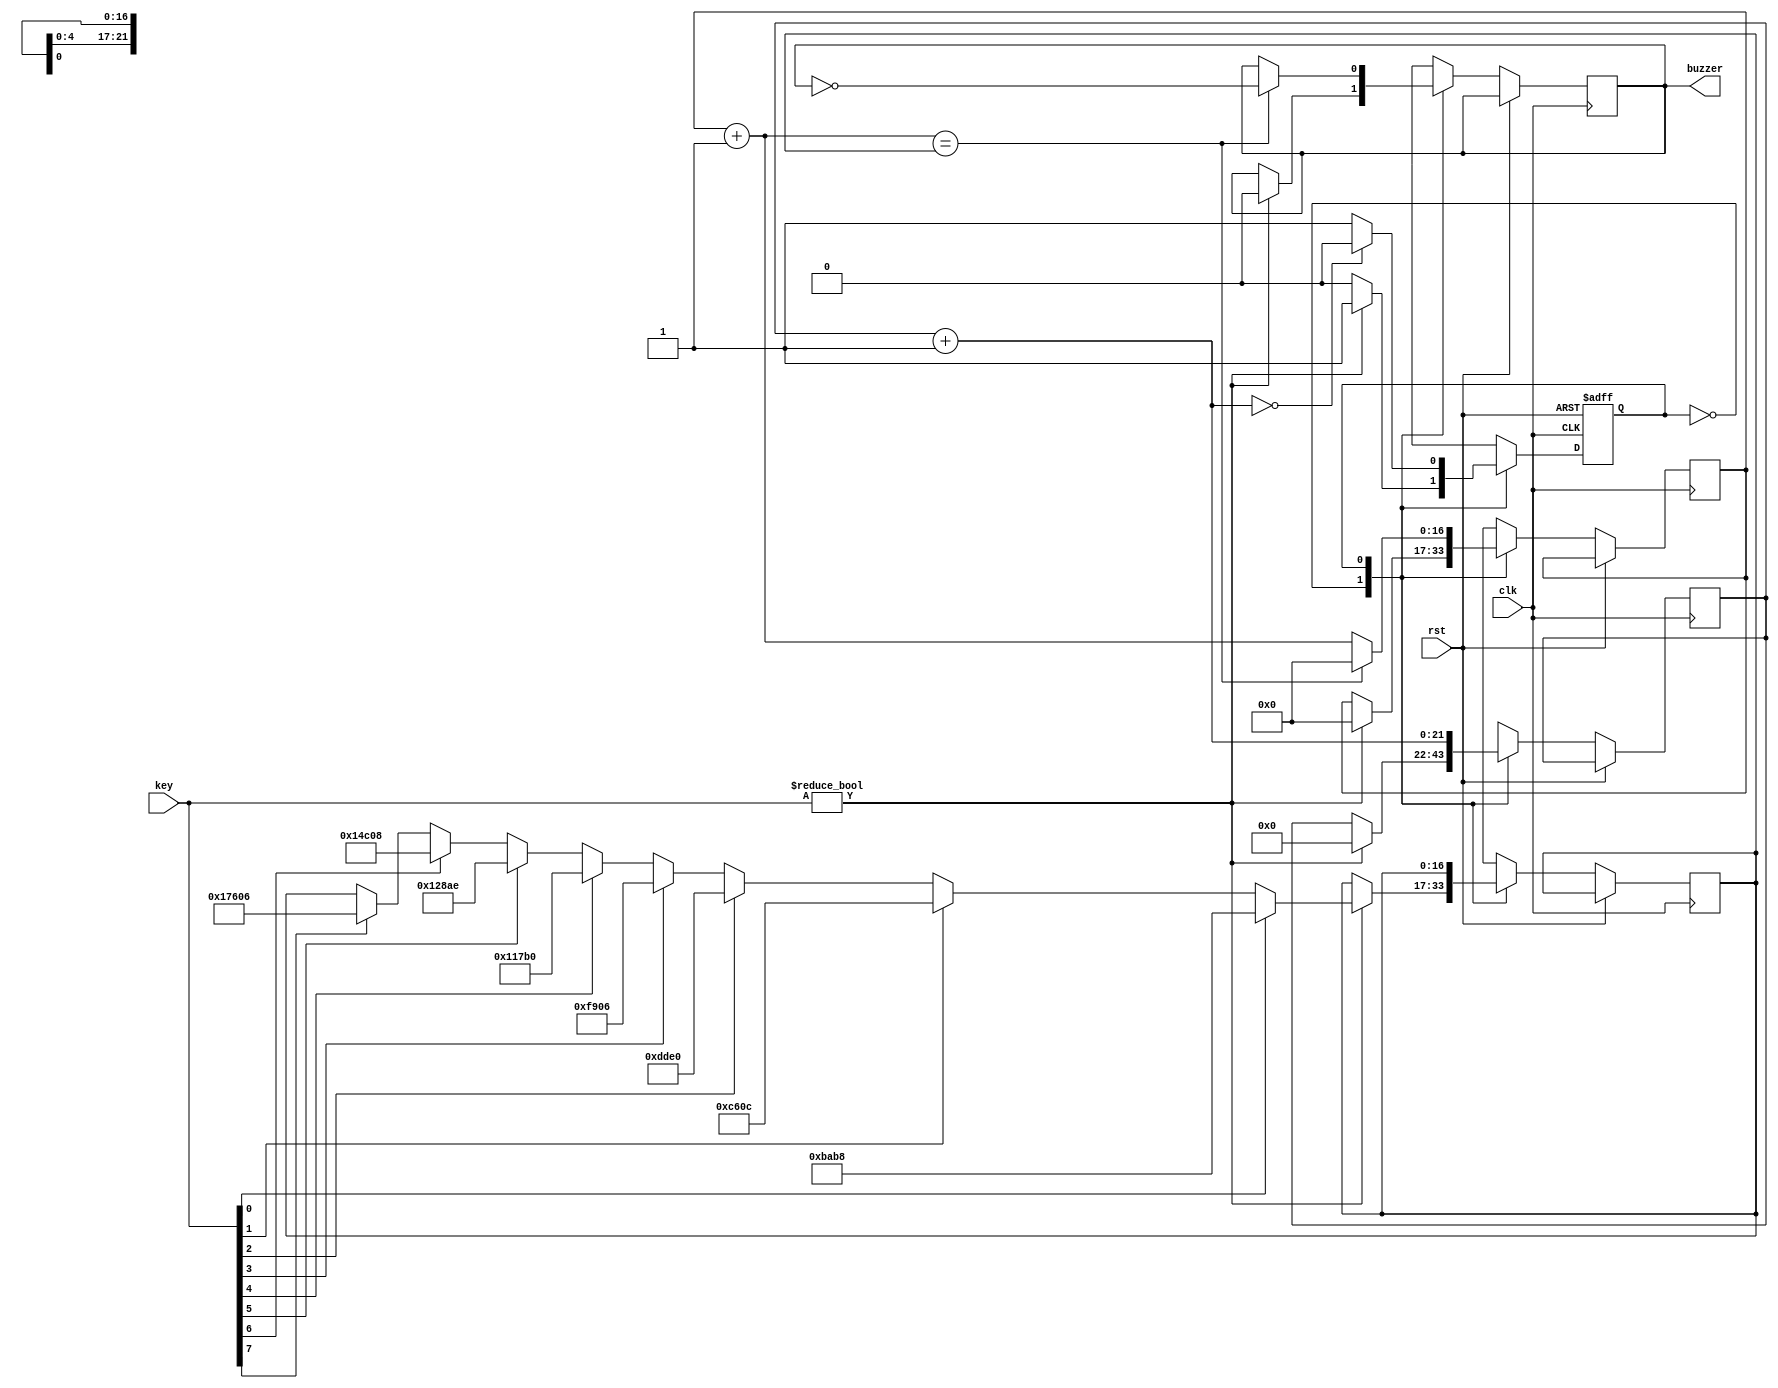
module piano(clk, rst, key, buzzer);
input clk, rst;
input [7:0] key;
output buzzer;

parameter INIT = 0;
parameter PLAY = 1;


reg state;
reg [21:0] beat_cnt;
reg [16:0] tone_cnt;
reg [16:0] tone_value;
reg [0:20] record;
reg [0:10] music;
reg buzzer;

always @(posedge clk or posedge rst)
if (rst) state = INIT;
else
	case (state)
		INIT: if (key != 0) begin
				beat_cnt = 0;
				tone_cnt = 0;
				buzzer = 0;
				state = PLAY;
				if (key[7] == 1) tone_value = 95750; //c 1915us/20ns=95750
				if (key[6] == 1) tone_value = 85000; //d
				if (key[5] == 1) tone_value = 75950; //e
				if (key[4] == 1) tone_value = 71600; //f
				if (key[3] == 1) tone_value = 63750; //g
				if (key[2] == 1) tone_value = 56800; //a
				if (key[1] == 1) tone_value = 50700; //b
				if (key[0] == 1) tone_value = 47800; //c
			end
		PLAY : begin
				beat_cnt = beat_cnt + 1;
				if (beat_cnt == 0)state = INIT;
				tone_cnt = tone_cnt + 1;
				if (tone_cnt == tone_value) begin
					buzzer = !buzzer;
					tone_cnt = 0;
				end
			end
		default: state = INIT;
	endcase
endmodule